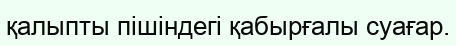
қалыпты пішіндегі қабырғалы суағар.